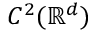
C ^ { 2 } ( \mathbb { R } ^ { d } )